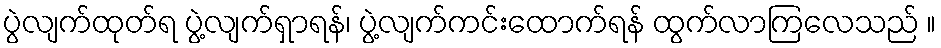
ပွဲလျက်ထုတ်ရ ပွဲ့လျက်ရှာရန်၊ ပွဲ့လျက်ကင်းထောက်ရန် ထွက်လာကြလေသည် ။